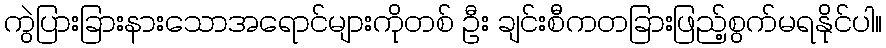
ကွဲပြားခြားနားသောအရောင်များကိုတစ် ဦး ချင်းစီကတခြားဖြည့်စွက်မရနိုင်ပါ။